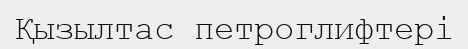
Қызылтас петроглифтері